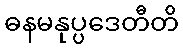
ဓနမနုပ္ပဒေတီတိ